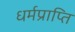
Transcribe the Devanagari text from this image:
धर्मप्राप्ति